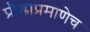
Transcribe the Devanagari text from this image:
प्रौढाप्रमाणेच